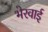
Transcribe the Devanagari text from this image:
भेरवाई